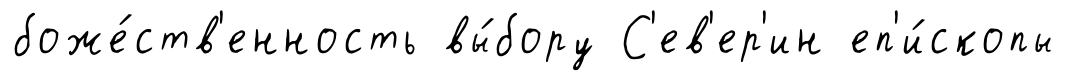
боже́ств'енность вы́бору С'ев'ер'ин еп'и́скопы